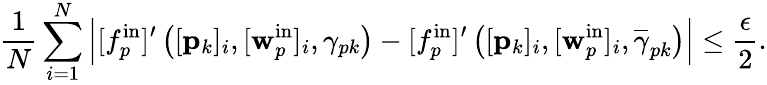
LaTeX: \frac{1}{N}\sum_{i=1}^{N}\Big|[f_{p}^{\mathrm{in}}]^{\prime}\left([\mathbf{p}_{k}]_{i},[\mathbf{w}_{p}^{\mathrm{in}}]_{i},\gamma_{pk}\right)-[f_{p}^{\mathrm{in}}]^{\prime}\left([\mathbf{p}_{k}]_{i},[\mathbf{w}_{p}^{\mathrm{in}}]_{i},\overline{{\gamma}}_{pk}\right)\Big|\leq\frac{\epsilon}{2}.